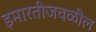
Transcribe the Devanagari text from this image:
इमारतीजवळील